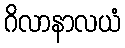
ဂိလာနာလယံ